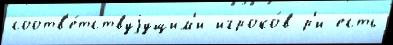
соотв'е́тствуjущим'и игроко́в р'и есть